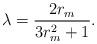
LaTeX: \begin{align*}\lambda=\frac{2r_m}{3r_m^2+1}.\end{align*}